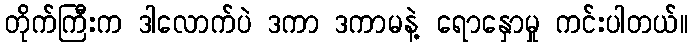
တိုက်ကြီးက ဒါလောက်ပဲ ဒကာ ဒကာမနဲ့ ရောနှောမှု ကင်းပါတယ်။